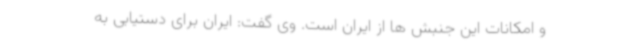
و امکانات این جنبش ها از ایران است. وی گفت: ایران برای دستیابی به